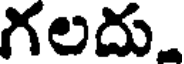
గలదు